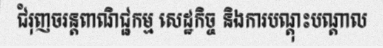
ជំរុញចរន្តពាណិជ្ជកម្ម សេដ្ឋកិច្ច និងការបណ្តុះបណ្តាល